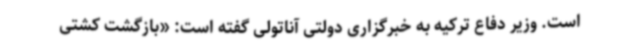
است. وزیر دفاع ترکیه به خبرگزاری دولتی آناتولی گفته است: «بازگشت کشتی